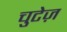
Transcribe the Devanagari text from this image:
चुटेज़